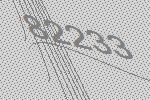
82233